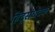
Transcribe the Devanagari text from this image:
हिंदुसंघटक